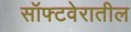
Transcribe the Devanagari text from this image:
सॉफ्टवेरातील